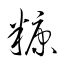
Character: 糠